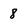
Character: 8